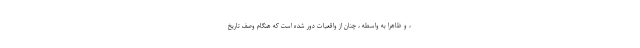
، و ظاهرا به واسطه ، چنان از واقعیات دور شده است که هنگام وصف تاریخ